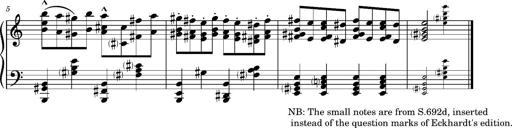
Title: Album-Leaf 'RÃ¡kÃ³czi-Marsch', S.164f
Composer: Franz Liszt
Key: A minor